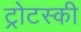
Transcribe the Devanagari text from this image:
ट्रोटस्की